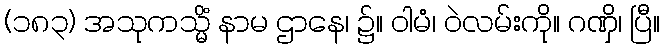
(၁၈၃) အသုကသ္မိံ နာမ ဌာနေ၊ ၌။ ဝါမံ၊ ဝဲလမ်းကို။ ဂဏှိ၊ ပြီ။